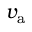
v _ { \mathrm { a } }